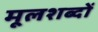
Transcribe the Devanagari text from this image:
मूलशब्दों